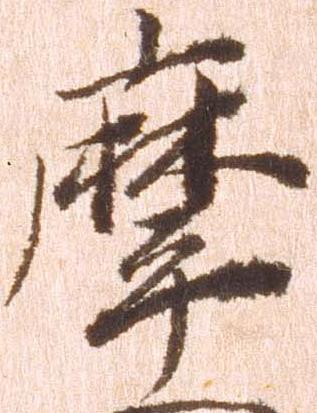
摩